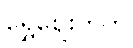
ရွှေဈေးကွက်